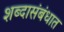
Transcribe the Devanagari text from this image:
शब्दासंबंधात